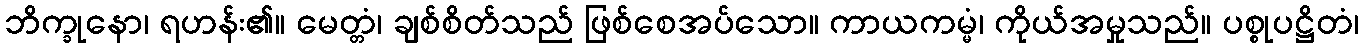
ဘိက္ခုနော၊ ရဟန်း၏။ မေတ္တံ၊ ချစ်စိတ်သည် ဖြစ်စေအပ်သော။ ကာယကမ္မံ၊ ကိုယ်အမှုသည်။ ပစ္စုပဋ္ဌိတံ၊